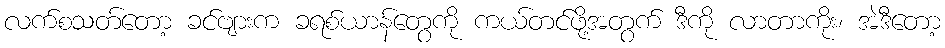
လက်စသတ်တော့ ခင်ဗျားက ခရစ်ယာန်တွေကို ကယ်တင်ဖို့အတွက် ဒီကို လာတာကိုး၊ အဲဒီတော့